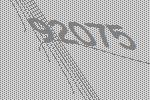
92075